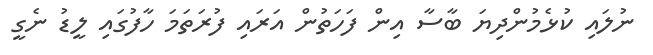
ނުލައި ކުޅެމުންދިޔަ ބާސާ އިން ފަހަތުން އަރައި ފުރަތަމަ ހާފުގައި ލީޑު ނެގީ